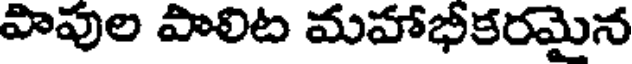
పాపుల పాలిట మహాభీకరమైన